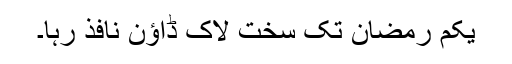
یکم رمضان تک سخت لاک ڈاؤن نافذ رہا۔